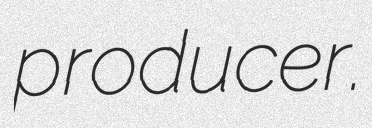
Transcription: producer.